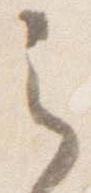
之